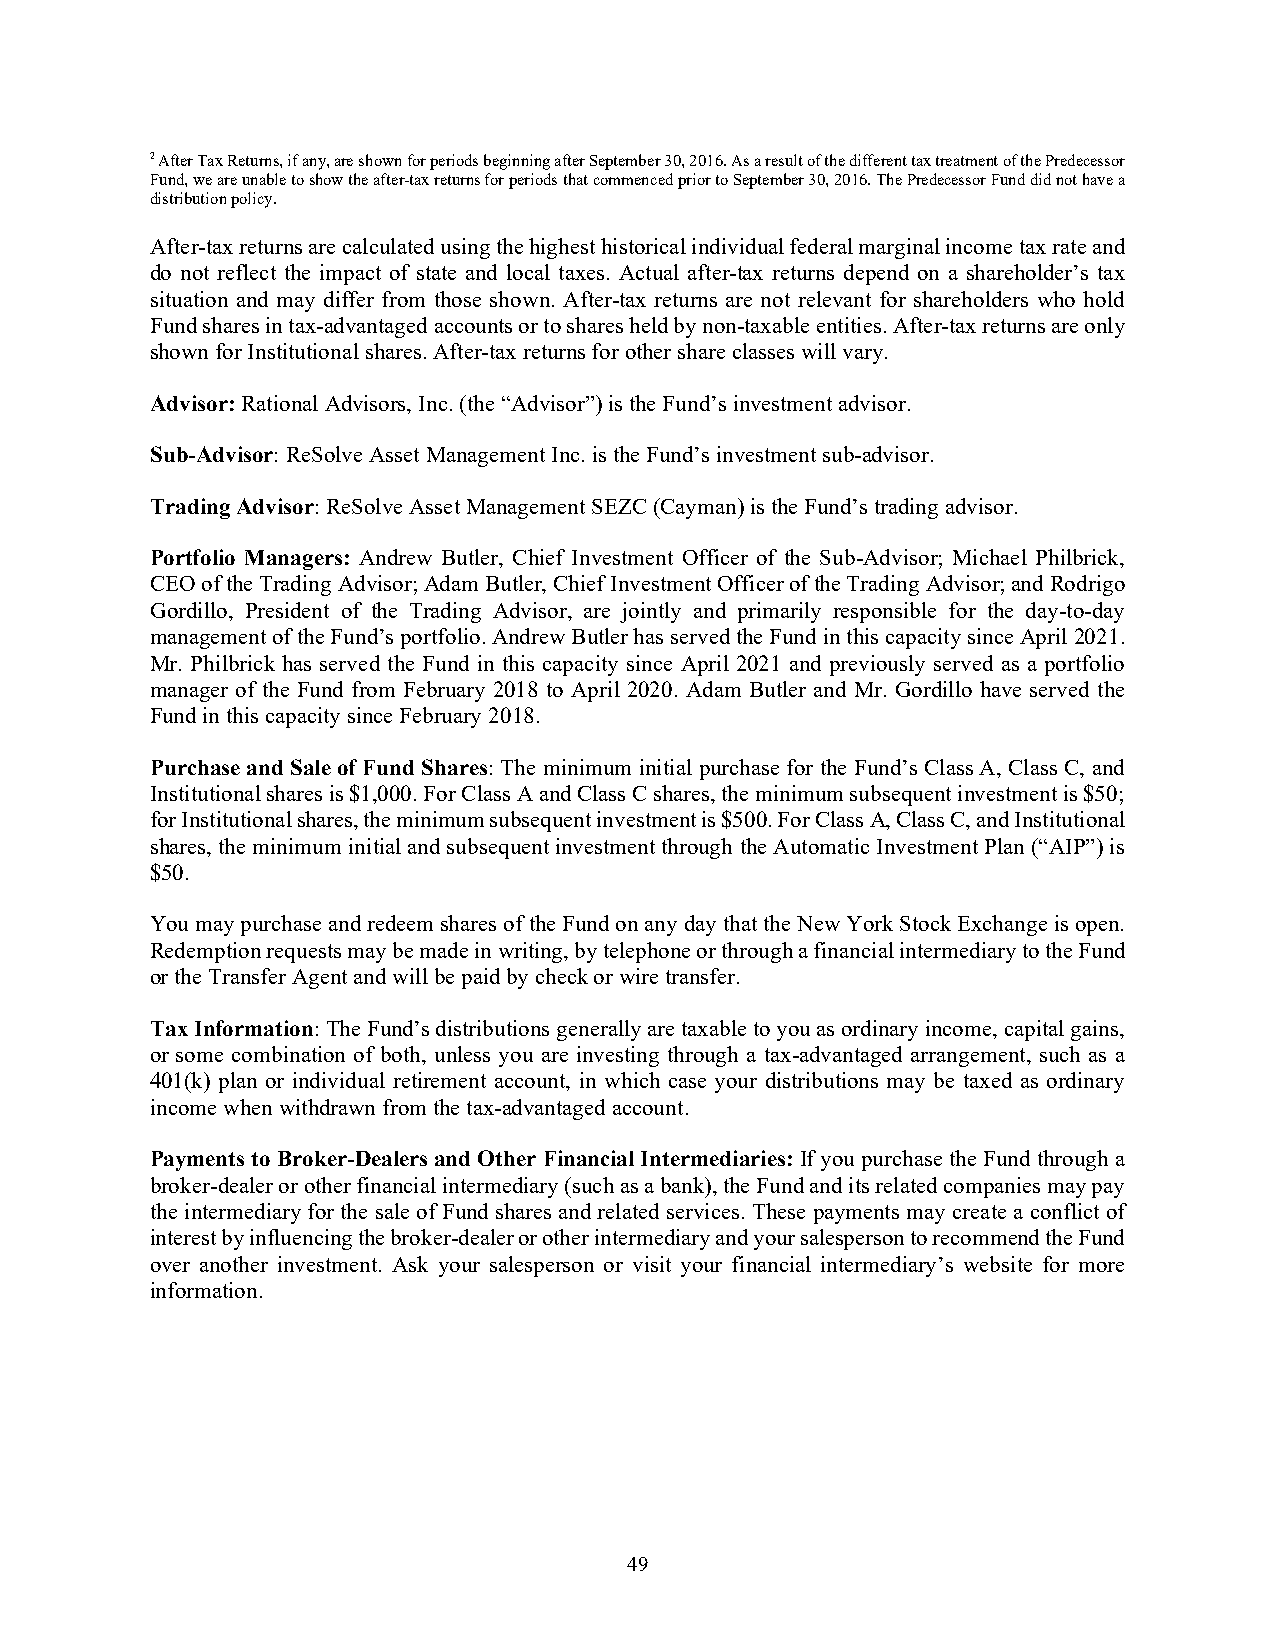
2 After Tax Returns, if any, are shown for periods beginning after September 30, 2016. As a result of the different tax treatment of the Predecessor
 Fund, we are unable to show the after-tax returns for periods that commenced prior to September 30, 2016. The Predecessor Fund did not have a
 distribution policy.
 After-tax returns are calculated using the highest historical individual federal marginal income tax rate and
 do not reflect the impact of state and local taxes. Actual after-tax returns depend on a shareholder’s tax
 situation and may differ from those shown. After-tax returns are not relevant for shareholders who hold
 Fund shares in tax-advantaged accounts or to shares held by non-taxable entities. After-tax returns are only
 shown for Institutional shares. After-tax returns for other share classes will vary.
 Advisor: Rational Advisors, Inc. (the “Advisor”) is the Fund’s investment advisor.
 Sub-Advisor: ReSolve Asset Management Inc. is the Fund’s investment sub-advisor.
 Trading Advisor: ReSolve Asset Management SEZC (Cayman) is the Fund’s trading advisor.
 Portfolio Managers: Andrew Butler, Chief Investment Officer of the Sub-Advisor; Michael Philbrick,
 CEO of the Trading Advisor; Adam Butler, Chief Investment Officer of the Trading Advisor; and Rodrigo
 Gordillo, President of the Trading Advisor, are jointly and primarily responsible for the day-to-day
 management of the Fund’s portfolio. Andrew Butler has served the Fund in this capacity since April 2021.
 Mr. Philbrick has served the Fund in this capacity since April 2021 and previously served as a portfolio
 manager of the Fund from February 2018 to April 2020. Adam Butler and Mr. Gordillo have served the
 Fund in this capacity since February 2018.
 Purchase and Sale of Fund Shares: The minimum initial purchase for the Fund’s Class A, Class C, and
 Institutional shares is $1,000. For Class A and Class C shares, the minimum subsequent investment is $50;
 for Institutional shares, the minimum subsequent investment is $500. For Class A, Class C, and Institutional
 shares, the minimum initial and subsequent investment through the Automatic Investment Plan (“AIP”) is
 $50.
 You may purchase and redeem shares of the Fund on any day that the New York Stock Exchange is open.
 Redemption requests may be made in writing, by telephone or through a financial intermediary to the Fund
 or the Transfer Agent and will be paid by check or wire transfer.
 Tax Information: The Fund’s distributions generally are taxable to you as ordinary income, capital gains,
 or some combination of both, unless you are investing through a tax-advantaged arrangement, such as a
 401(k) plan or individual retirement account, in which case your distributions may be taxed as ordinary
 income when withdrawn from the tax-advantaged account.
 Payments to Broker-Dealers and Other Financial Intermediaries: If you purchase the Fund through a
 broker-dealer or other financial intermediary (such as a bank), the Fund and its related companies may pay
 the intermediary for the sale of Fund shares and related services. These payments may create a conflict of
 interest by influencing the broker-dealer or other intermediary and your salesperson to recommend the Fund
 over another investment. Ask your salesperson or visit your financial intermediary’s website for more
 information.
 49